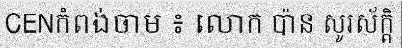
CENកំពង់ចាម ៖ លោក ប៉ាន សូរស័ក្តិ